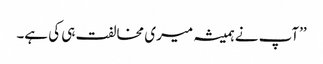
’’آپ نے ہمیشہ میری مخالفت ہی کی ہے۔